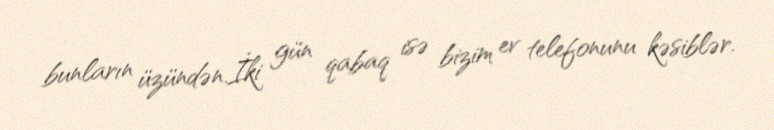
bunların üzündən.İki gün qabaq isə bizim ev telefonunu kəsiblər.